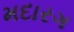
મદારગ